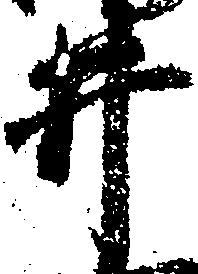
井